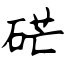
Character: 硭